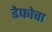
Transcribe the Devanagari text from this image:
डेफोचा